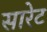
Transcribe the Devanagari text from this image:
सारेट